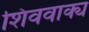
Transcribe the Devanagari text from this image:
शिववाक्य